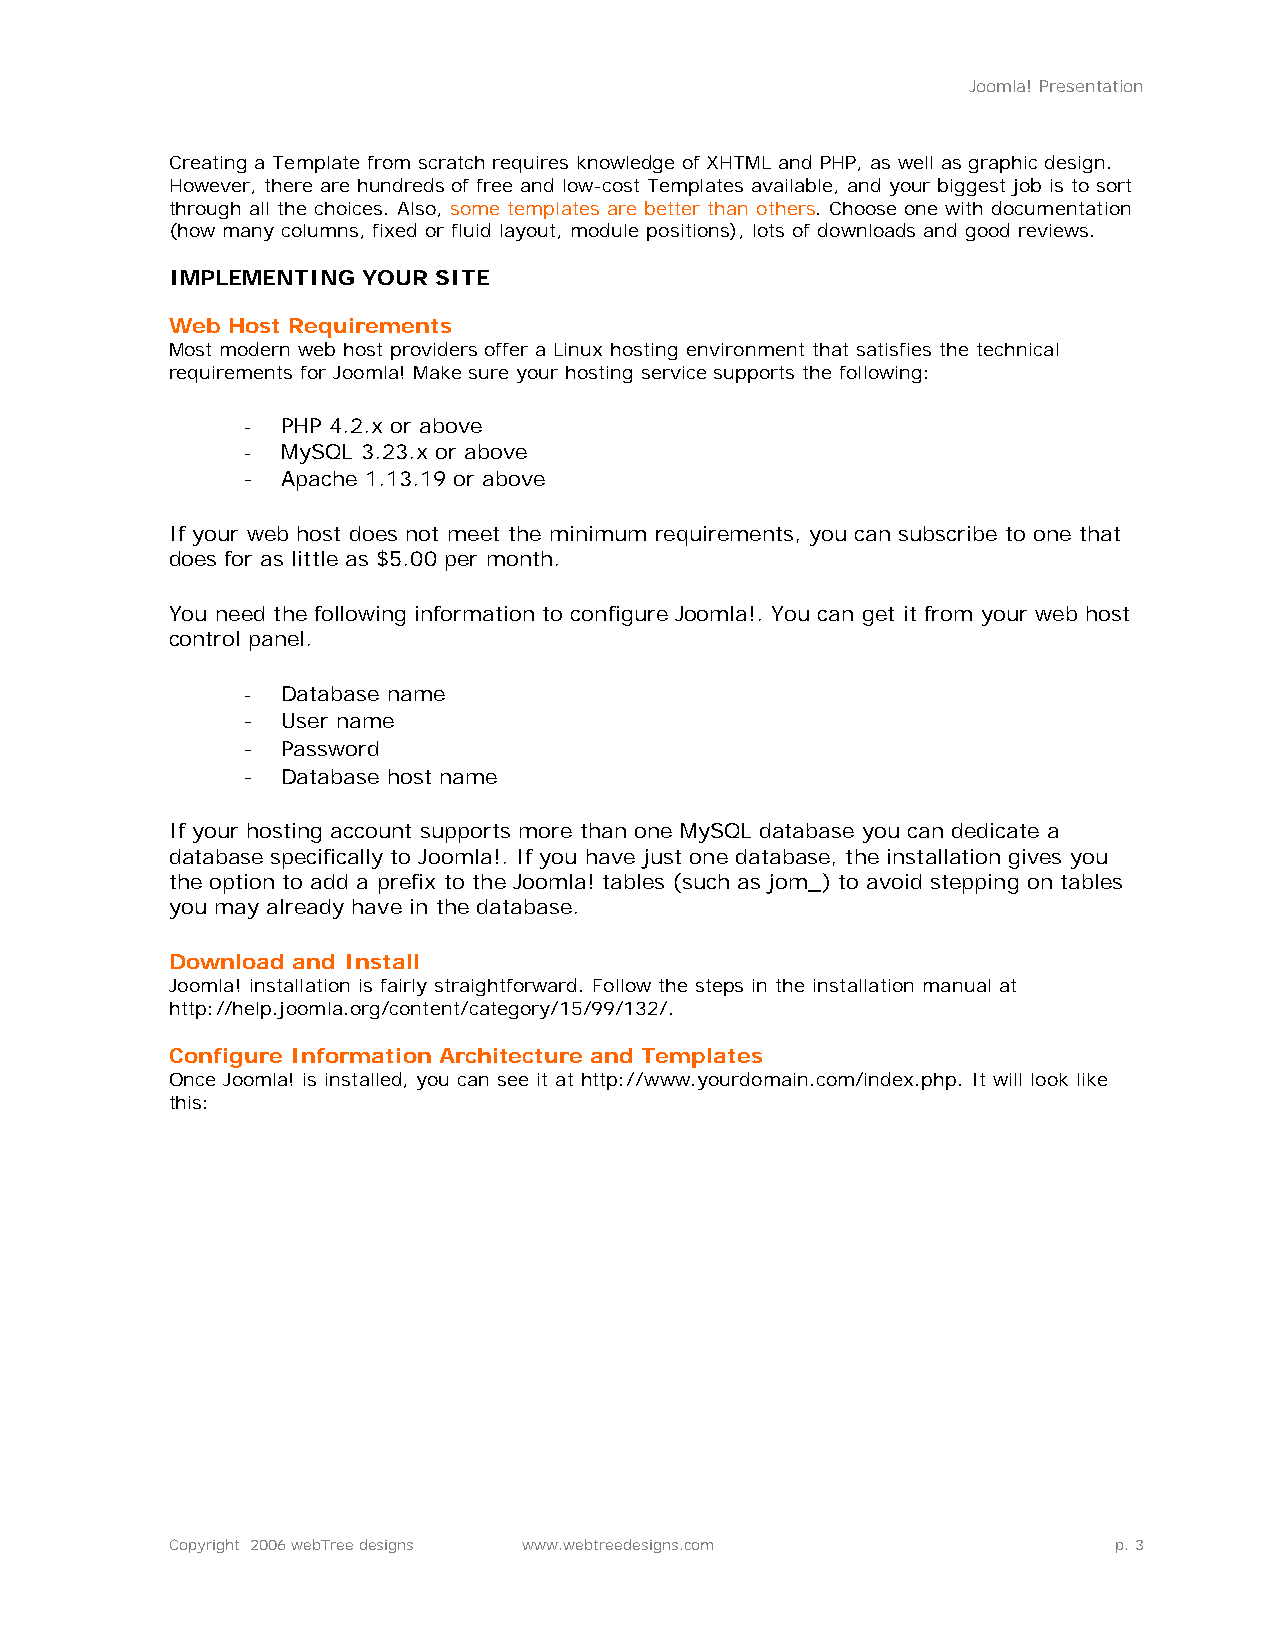
Joomla! Presentation
 Creating a Template from scratch requires knowledge of XHTML and PHP, as well as graphic design.
 However, there are hundreds of free and low-cost Templates available, and your biggest job is to sort
 through all the choices. Also, some templates are better than others. Choose one with documentation
 (how many columns, fixed or fluid layout, module positions), lots of downloads and good reviews.
 IMPLEMENTING YOUR SITE
 Web Host Requirements
 Most modern web host providers offer a Linux hosting environment that satisfies the technical
 requirements for Joomla! Make sure your hosting service supports the following:
 -  PHP 4.2.x or above
 -  MySQL 3.23.x or above
 -  Apache 1.13.19 or above
 If your web host does not meet the minimum requirements, you can subscribe to one that
 does for as little as $5.00 per month.
 You need the following information to configure Joomla!. You can get it from your web host
 control panel.
 -  Database name
 -  User name
 -  Password
 -  Database host name
 If your hosting account supports more than one MySQL database you can dedicate a
 database specifically to Joomla!. If you have just one database, the installation gives you
 the option to add a prefix to the Joomla! tables (such as jom_) to avoid stepping on tables
 you may already have in the database.
 Download and Install
 Joomla! installation is fairly straightforward. Follow the steps in the installation manual at
 http://help.joomla.org/content/category/15/99/132/.
 Configure Information Architecture and Templates
 Once Joomla! is installed, you can see it at http://www.yourdomain.com/index.php. It will look like
 this:
 Copyright 2006 webTree designs www.webtreedesigns.com          p. 3